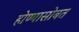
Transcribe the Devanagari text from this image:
होण्यासोबत